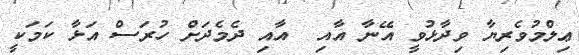
ޢިލްމުވެރިޔާ ވިދާޅުވީ އޭނާ އާއި  އާއި ދެމެދަށް ހުރަސް އަޅާ ކަމަކީ